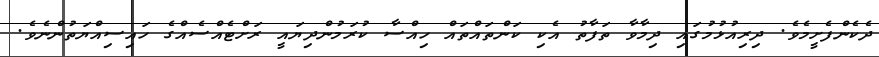
ދެކެންފެށީމެވެ. ދިރިއުޅުމުގައި ދިމާވާ ތަފާތު އެކި ކަންތައްތައް ހިއްސާ ކުރަމުންދިޔައީ ރަށްޓެއްސެއްގެ ހައިސިއްޔަތުންނެވެ.